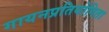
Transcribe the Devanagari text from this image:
गायनप्रतियोगिता